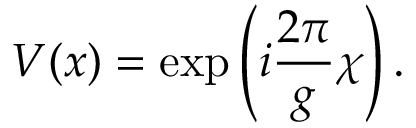
V ( x ) = \exp \left( i { \frac { 2 \pi } { g } } \chi \right) .